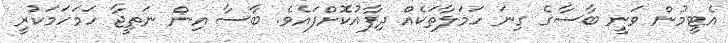
އެޓީމުން ވަނީ ބާސާގެ ގިނަ ހަމަލާތަކެއް ދިފާއުކޮށްފައެވެ. ބާސާ އިން ނަތީޖާ ހަމަހަމަކުރީ